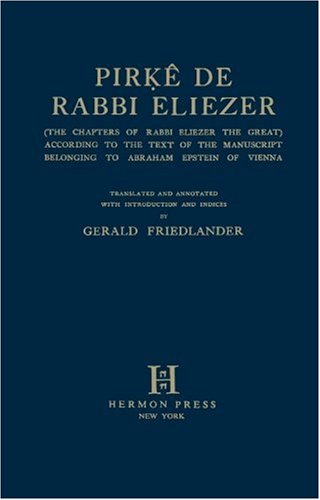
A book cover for PirkÃª de Rabbi Eliezer; Gerald Friedlander; Humor & Entertainment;